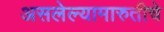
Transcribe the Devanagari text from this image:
असलेल्यामारुतीचे